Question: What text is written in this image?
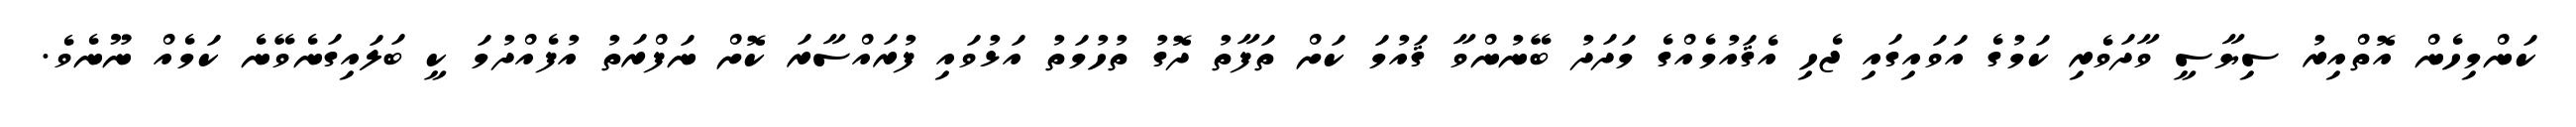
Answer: ކަންމިހެން އޮތްއިރު ސިޔާސީ ވާދަވެރި ކަމުގެ އަވައިގައި ޖެހި އެޤައުމެއްގެ މަދަދު ބޭނުންވާ ޤައުމަ ކަށް ތަފާތު ދޮގު ތުހުމަތު އަޅުވައި ފުރައްސާރަ ކޮށް ނަފްރަތު އުފެއްދުމަ ކީ ބަލައިގަނެވޭނެ ކަމެއް ނޫނެވެ.